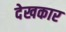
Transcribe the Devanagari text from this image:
देखकार